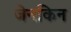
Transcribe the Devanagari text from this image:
जेनकिन